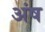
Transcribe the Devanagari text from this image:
अंष